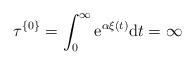
\begin{align*}\tau^{\{0\}} = \int_0^\infty {\rm e}^{\alpha\xi(t)}{\rm d}t=\infty\end{align*}